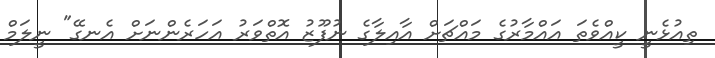
ތިއުޅެނީ ކީއްވެތަ އައްމާރުގެ މައްޗަށް އާއިލާގެ ނުފޫޒު އޮތްވަރު އަހަރެންނަށް އެނގޭ" ނީލަމް